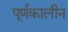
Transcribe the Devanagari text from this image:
पूर्णकालीन